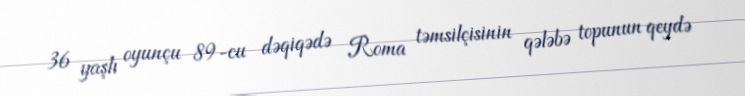
36 yaşlı oyunçu 89-cu dəqiqədə Roma təmsilçisinin qələbə topunun qeydə